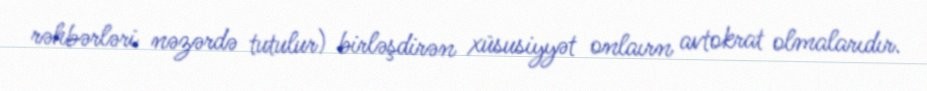
rəhbərləri nəzərdə tutulur) birləşdirən xüsusiyyət onlaırn avtokrat olmalarıdır.